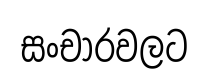
සංචාරවලට